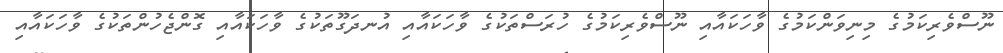
ނޫސްވެރިކަމުގެ މިނިވަންކަމުގެ ވާހަކައާއި ނޫސްވެރިކަމުގެ ހުރަސްތަކުގެ ވާހަކައާއި އުނދަގޫތަކުގެ ވާހަކައާއި ގޮންޖެހުންތަކުގެ ވާހަކައާއި